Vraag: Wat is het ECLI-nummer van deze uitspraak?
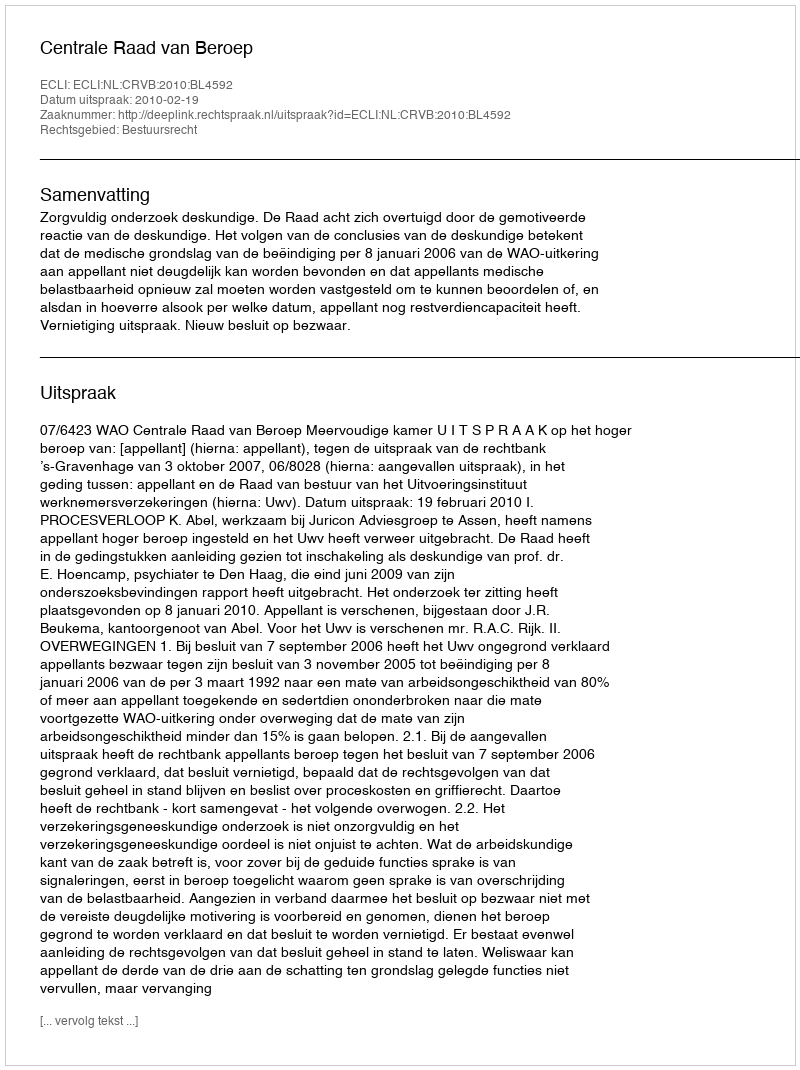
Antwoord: ECLI:NL:CRVB:2010:BL4592